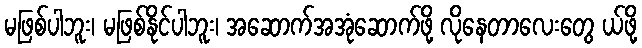
မဖြစ်ပါဘူး၊ မဖြစ်နိုင်ပါဘူး၊ အဆောက်အအုံဆောက်ဖို့ လိုနေတာလေးတွေ ယ်ဖို့